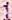
1